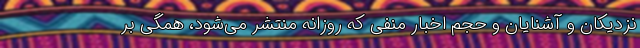
نزدیکان و آشنایان و حجم اخبار منفی که روزانه منتشر می‌شود، همگی بر